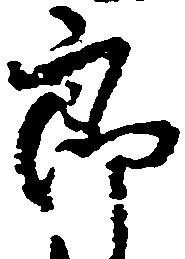
郎